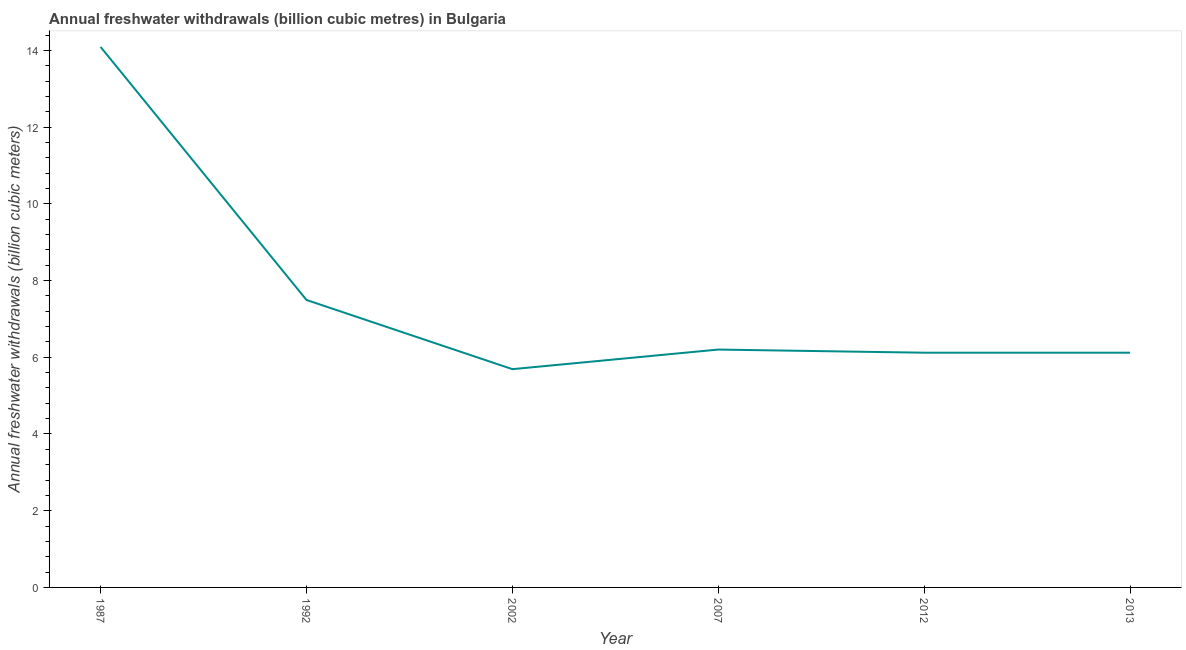
| Year | Annual freshwater withdrawals |
 | --- | --- |
 | 1987 | 14.1 |
 | 1992 | 7.49 |
 | 2002 | 5.69 |
 | 2007 | 6.2 |
 | 2012 | 6.12 |
 | 2013 | 6.12 |